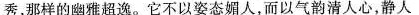
秀，那样的雅超逸。它不以姿态媚人，而以气韵清人心，静人